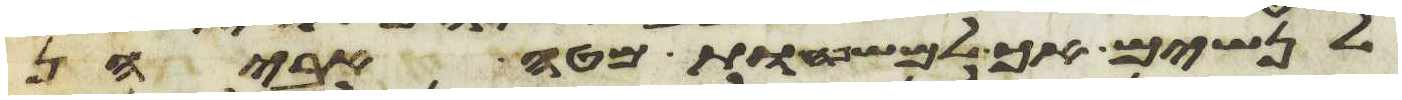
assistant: לנשים אך למשפחת מטה אביהן